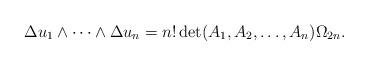
LaTeX: \begin{align*}\Delta u_1\wedge \dots\wedge\Delta u_n=n!\det(A_1,A_2,\dots,A_n)\Omega_{2n}.\end{align*}